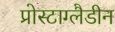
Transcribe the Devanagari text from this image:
प्रोस्टाग्लैडीन